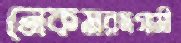
নেকমরদগামী